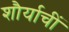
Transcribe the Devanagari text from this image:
शौर्याचीं